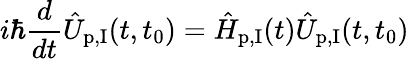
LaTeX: i\hbar\frac{d}{dt}\hat{U}_{\textrm{p,I}}(t,t_{0})=\hat{H}_{\textrm{p,I}}(t)\hat{U}_{\textrm{p,I}}(t,t_{0})